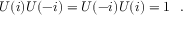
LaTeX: U ( i ) U ( - i ) = U ( - i ) U ( i ) = 1 \ \ .